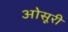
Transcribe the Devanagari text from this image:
ओसूरी